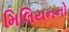
મિલિયનનો